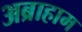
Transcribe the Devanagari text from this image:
अब्राहाम